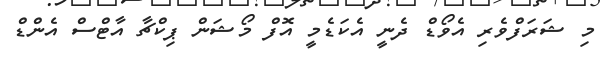
މި ޝަރަފްވެރި އެވޯޑް ދެނީ އެކަޑެމީ އޮފް މޯޝަން ޕިކްޗާ އާޓްސް އެންޑް